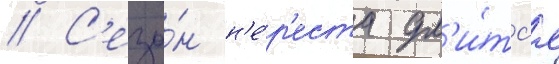
// С'езо́н н'е́р'еста дл'и́тс'я